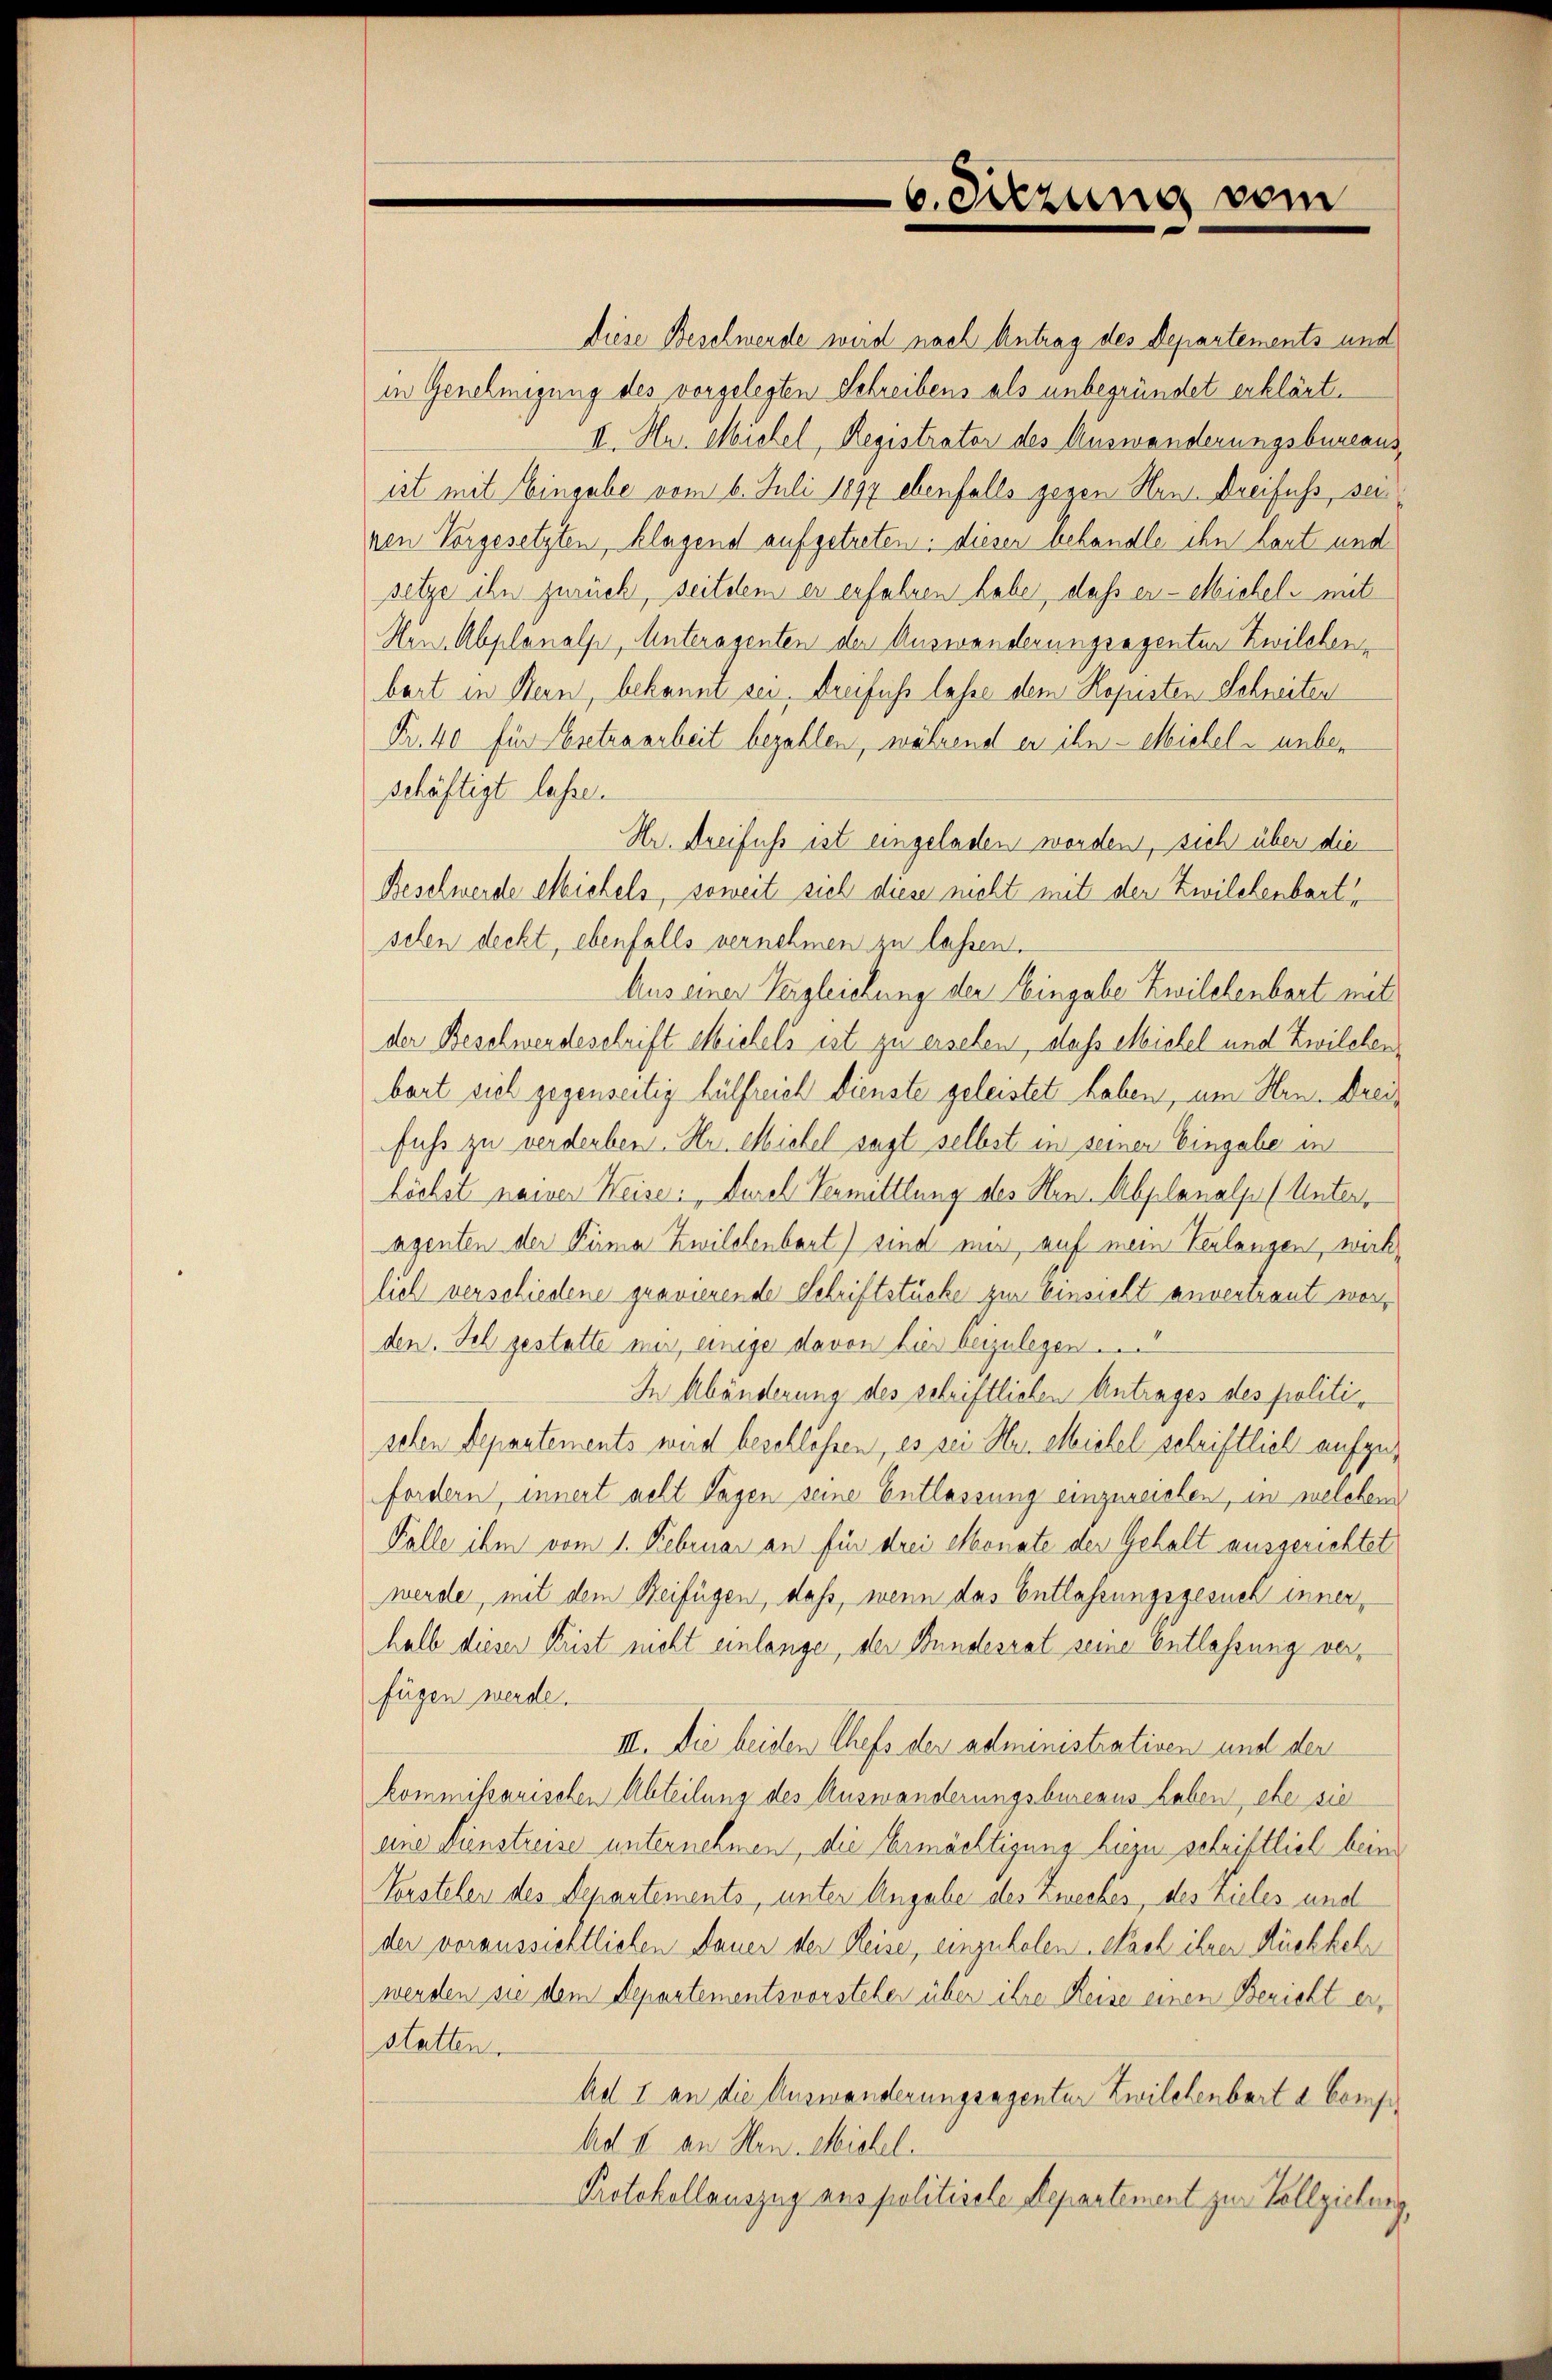
6. Sitzung vom

diese Beschwerde wird nach Antrag des Departements und
in Genehmigung des vorgelegten Schreibens als unbegründet erklärt.
II. Hr. Michel, Registrator des Auswanderungsbureausist mit Eingabe vom 6. Juli 1897 ebenfalls gegen Herr Dreifuss, sei
nen Vorgesetzten, klagend aufgetreten: dieser behandle ihn laut und
setze ihn zurück, seitdem er erfahren habe, dass er - etlichel mit
Men, Abplanalp, Unteragenten der Auswanderungsagenten Zwilchen,
bart in Bern, bekannt sei, dreifuss lasse dem Kopisten Schneiten
Fr. 40 für Ertraarbeit bezahlen, während er ihn - Michel- unber
schäftigt lasse.
Hr. Greifuss ist eingeladen werden, sich über die
Beschwerde etlichels, soweit sich diese nicht mit der Zwilchenbart
sehen deckt, ebenfalls vernehmen zu lassen.
Aus einer Vergleichung der Eingabe Zwilchenbart mit
der Beschwerdeschrift Michels ist zu ersehen, daß Michel und Zwilchenbart sich gegenseitig hülfreich dienste geleistet haben, um Hrn. Dreiz
fuss zu verderben. Hr. Michel sagt selbst in seinen Eingabe in
höchst neiner Weise. Durch Vermittlung des Hen-Abplanalp (Unteragenten der Firma Zwilchenbart) sind nur auf mein Verlangen, wirklich verschiedene gravierende Schriftstücke zur Einsicht anvertraut werden. Ich gestatte mir einige davon hier beizulegen.
In Abänderung des schriftlichen Antrages des politischen Departements wird beschlossen, es sei Her elleichel schriftlich aufzufordern, innert acht Tagen seine Entlassung einzureichen, in welchen
Falle ihm vom 1. Februar an für drei Monate der Gehalt ausgerichtet
werde, mit dem Beifügen, daß, wenn das Entlassungsgesuch innerhalb dieser Küst nicht einlange, der Bundesrat seine Entlassung verfügen werde.
III. Die beiden Chefs der administrativen und den
kommissarischen Abteilung des Auswanderungsbureaus haben, ehe sie
eine Lienstreise unternehmen, die Ermächtigung hiezu schriftlich bein
Zerstelen des Departements, unter Angabe des Zweckes, des Zieles und
der voraussichtlichen Dauer der Reise, einzuholen. Nach ihrer Rückkehr
werden sie dem Departementsvorsteher über ihre Reise einen Bericht erstatten.
Ad I an die Auswanderungsagenter Zwilchenbart a Comp
Ad II an Hrn. Michel.
Protokollauszug aus politisele Departement zur Vollziehung,